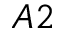
A 2